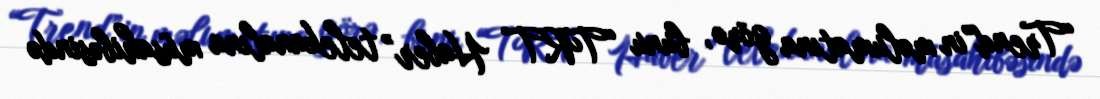
“Trend”in məlumatına görə, bunu “TRT Haber” telekanalına müsahibəsində